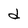
Character: d